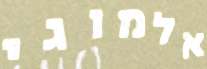
אלמוגי